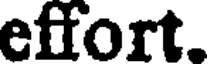
effort.